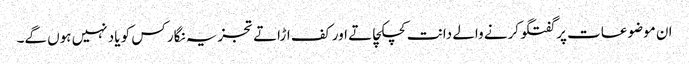
ان موضوعات پر گفتگو کرنے والے دانت کچکچاتے اور کف اڑاتے تجزیہ نگار کس کو یاد نہیں ہوں گے۔